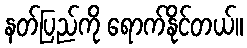
နတ်ပြည်ကို ရောက်နိုင်တယ်။